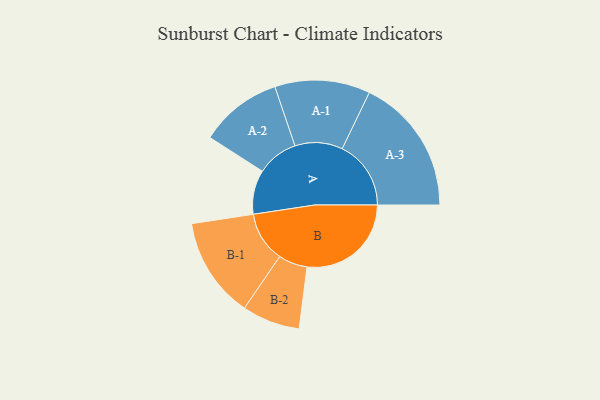
{"axis": {"x": "Segment", "y": "Value"}, "legend": ["", "A", "B"], "data": [{"x": "A", "y": 180, "type": ""}, {"x": "B", "y": 424, "type": ""}, {"x": "A-1", "y": 194, "type": "A"}, {"x": "A-2", "y": 168, "type": "A"}, {"x": "A-3", "y": 280, "type": "A"}, {"x": "B-1", "y": 205, "type": "B"}, {"x": "B-2", "y": 118, "type": "B"}]}